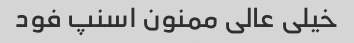
خیلی عالی ممنون اسنپ فود